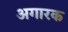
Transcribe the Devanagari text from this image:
अगारक